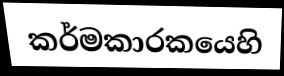
කර්මකාරකයෙහි